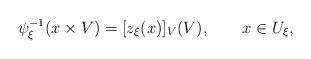
LaTeX: \begin{align*}\psi^{-1}_\xi (x\times V)= [z_\xi (x)]_V (V), \qquad x\in U_\xi,\end{align*}